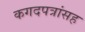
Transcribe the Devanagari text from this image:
कगदपत्रांसह